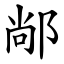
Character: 䣊